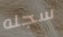
سجله